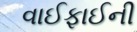
વાઈફાઈની